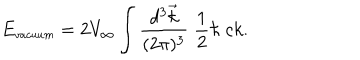
E _ { \small v a c u u m } = 2 V _ { \infty } \int { \frac { d ^ { 3 } \vec { k } } { ( 2 \pi ) ^ { 3 } } } \; { \frac { 1 } { 2 } } \hbar \; c k .